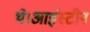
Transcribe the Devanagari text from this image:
थे।आइंस्टीन